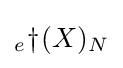
{}_{e}\!\dagger \!(X)_{N}